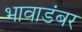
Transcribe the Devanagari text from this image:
भावाडंबर